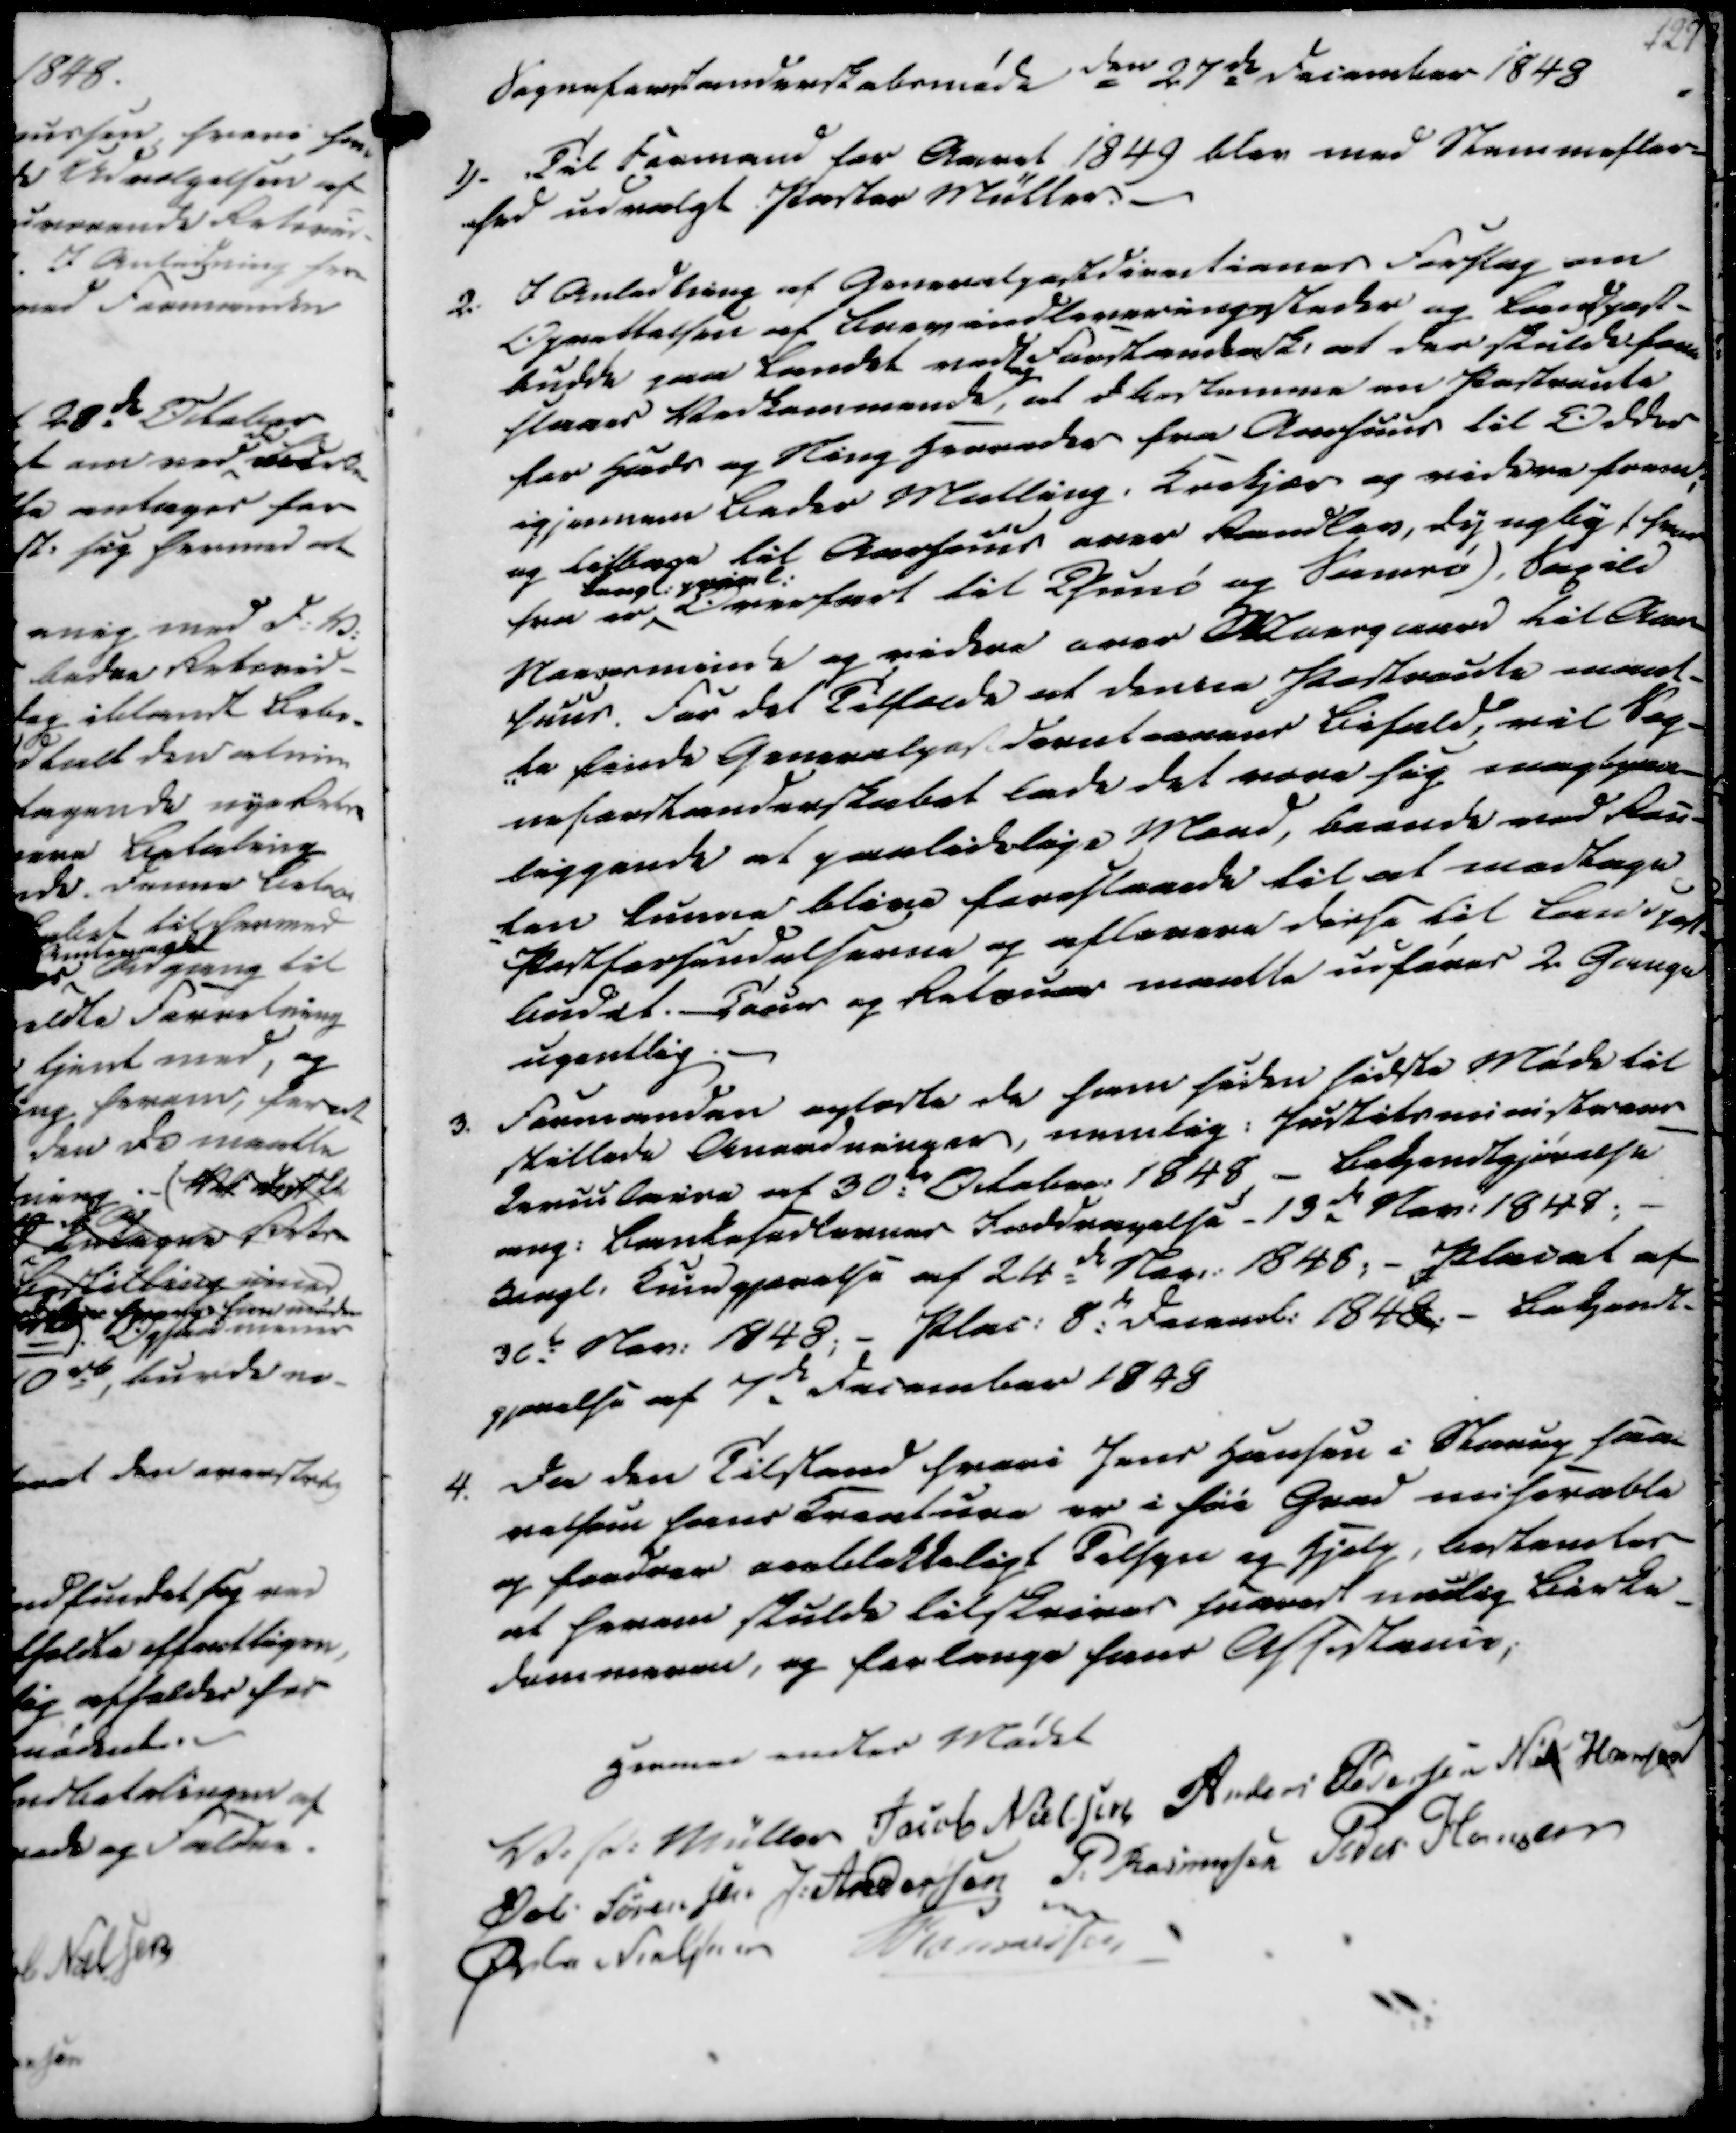
Transskription:
Sogneforstanderskabsmøde den 27de december 1848

1).
Til Formand for Aaret 1849 blev med Stemmefler-
hed udvalgt Pastor Müller.

2.
I Anledning af Generalpostdirectiones Forslag om
Oprettelsen af Brevindleveringssteder og Landpost-
budde paa Landet vedtog
Forstandersk. at der skulde fore-
slaaes Vedkommende, at d bestemme en Postroute
for Hads og Ning Herreder fra Aarhuus til Odder
igjennem Beder Malling, Krekjær og videre frem;
og tilbage til Aarhuus over Randlev, Dynglig f hvor
fra er

Overfart til Thunø og Samsø), Saxild
Nordminde og videre over Moesgaard til Aar-
huus. For det Tilfælde at denne Postroute maat-
-te finde Generalpostderateonens Bifald, vil Sog-
neforstanderskabet lade det være sig magtpaa-
liggende at paalidelige Mænd, boende ved Rou-
-ten kunne blive foreslaaede til at modtage
Postforsendelserne og aflevere disse til Landpost-
budet. Tour og Retour maatte udføres 2 Gange
ugentlig.

3.
Formanden oplæste de ham siden sidste Møde til
stillede Anordninger, nemlig: Justitsministerens
Cerculaire af 30te October 1848 - Bekjendtgjørelse
ang. Bankssadtavner Inddragelse - 13de Nov. 1848.
Kongl. Kundgjørelse af 24de Nov. 1848; - Placat af
30te Nov. 1848; - Plac. 8de Decemb. 1848; - Bekjendt-
gjørelse af 7de December 1848

4.
Da den Tilstand hvori Jens Hansen i Starup saa-
velsom hans Kreature er i før Grad miserable
og fordrer oieblikkeligt Tilsyn og Hjælp, bestemtes
at herom skulde tilskrives snarest mulig Birke-
dommeren, og forlange hans Attestenid;

Hermed endtes Mødet
V. P. Müller
Jacob Nielsen
Anders Pedersen
Niels Hansen
Øvli Sørensen
J. Andersen
P. Rasmussen
Peder Hansen
Øvle Nielsen
Rasmussen